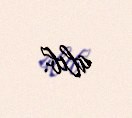
alıb.